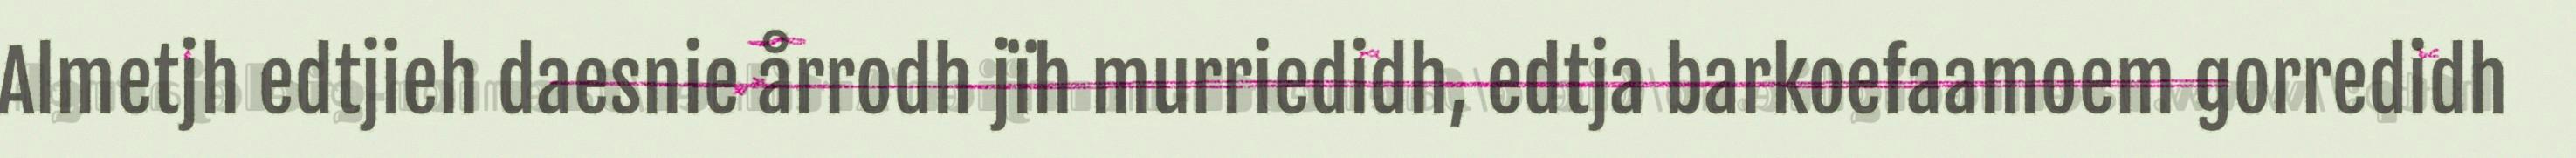
Almetjh edtjieh daesnie årrodh jïh murriedidh, edtja barkoefaamoem gorredidh